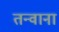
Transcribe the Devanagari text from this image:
तन्वाना